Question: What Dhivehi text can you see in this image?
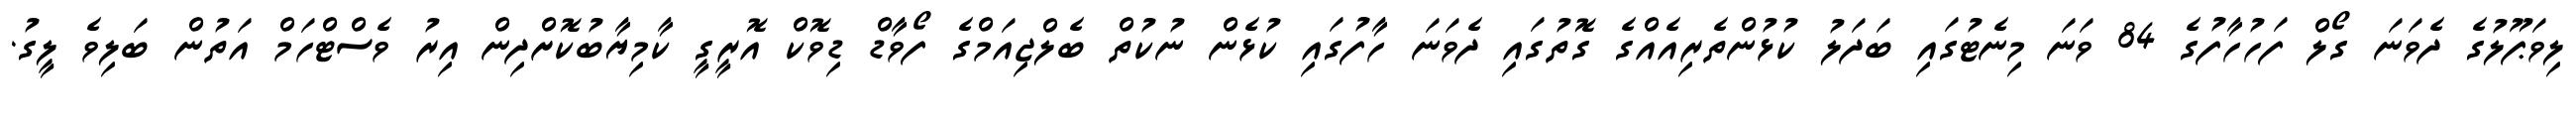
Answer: ލިވަޕޫލުގެ ދެވަނަ ގޯލް ފަހުހާފުގެ 84 ވަނަ މިނެޓުގައި ބަދަލު ކުޅުންތެރިއެއްގެ ގޮތުގައި ދެވަނަ ހާފުގައި ކުޅެން ނުކުތް ބެލްޖިއަމްގެ ފޯވާޑް ޑިވޮކް އޮރީގީ ކާމިޔާބުކޮށްދިން އިރު ވެސްޓްހަމް އަތުން ބަލިވެ ލީގު.